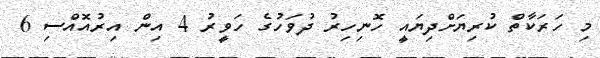
މި ހަރަކާތް ކުރިޔަށްދިޔައީ ހޮނިހިރު ދުވަހުގެ ހަވީރު 4 އިން އިރުއޮއްސި 6